Tartu_linnavalitsus, lk 94
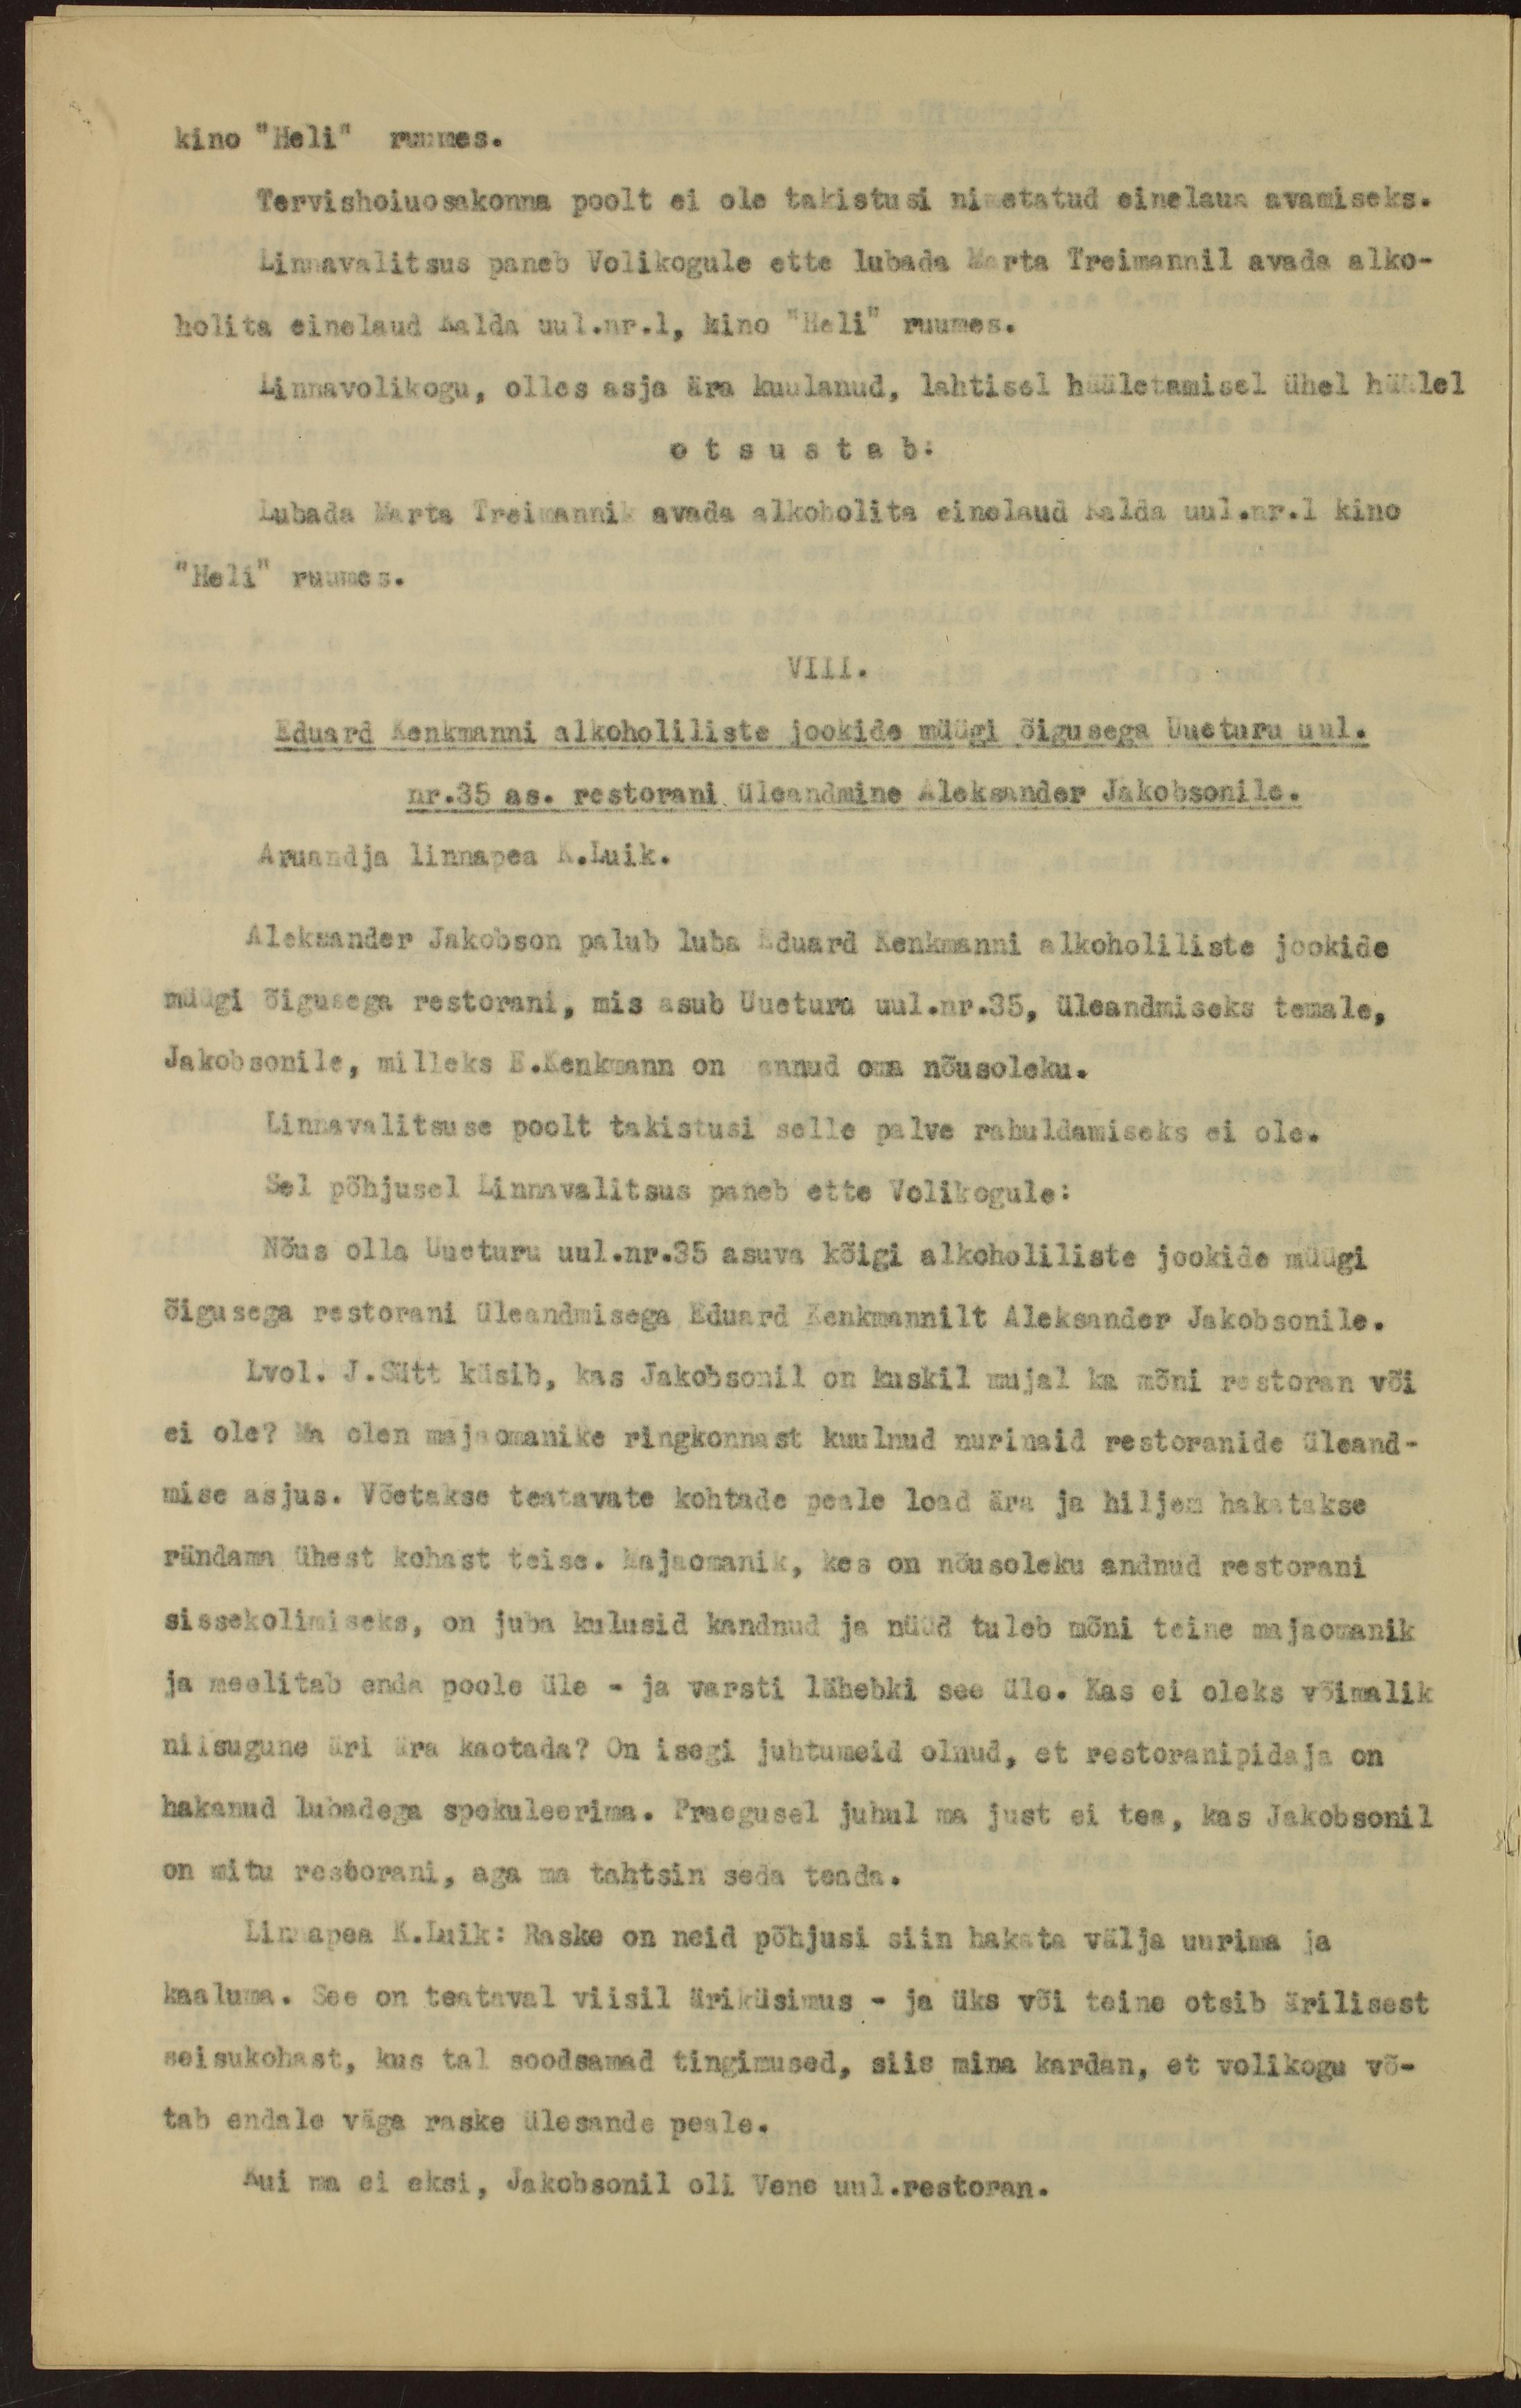
kino "Heli" ruumes.
Tervishoiuosakonna poolt ei ole takistusi nimetatud einelaua avamiseks.
Linnavalitsus paneb Volikogule ette lubada Marta Treimannil avada alko-
holita einelaud Kalda uul.nr.1, kino "Heli" ruumes.
Linnavolikogu, olles asja ära kuulanud, lahtisel hääletamisel ühel häälel
otsustab:
Lubada Marta Treimanni avada alkoholita einelaud Kalda uul.nr.1 kino
"Heli" ruumes.
VIII.
Eduard Kenkmanni alkoholiliste jookide müügi õigusega Uueturu uul.
nr.35 as. restorani üleandmine Aleksander Jakobsonile.
Aruandja linnapea K.Luik.
Aleksander Jakobson palub luba Eduard Kenkmanni alkoholiliste jookide
müügi õigusega restorani, mis asub Uueturu uul.nr.35, üleandmiseks temale,
Jakobsonile, milleks E.Kenkmann on annud oma nõusoleku.
Linnavalitsuse poolt takistusi selle palve rahuldamiseks ei ole.
Sel põhjusel Linnavalitsus paneb ette Volikogule:
Nõus olla Uueturu uul.nr.35 asuva kõigi alkoholiliste jookide müügi
õigusega restorani üleandmisega Eduard Kenkmannilt Aleksander Jakobsonile.
Lvol. J.Sütt küsib, kas Jakobsonil on kuskil mujal ka mõni restoran või
ei ole? Ma olen majaomanike ringkonnast kuulnud nurinaid restoranide üleand-
mise asjus. Võetakse teatavate kohtade peale load ära ja hiljem hakatakse
rändama ühest kohast teise. Majaomanik, kes on nõusoleku andnud restorani
sissekolimiseks, on juba kulusid kandnud ja nüüd tuleb mõni teine majaomanik
ja meelitab enda poole üle - ja varsti lähebki see üle. Kas ei oleks võimalik
niisugune äri ära kaotada? On isegi juhtumeid olnud, et restoranipidaja on
hakanud lubadega spekuleerima. Praegusel juhul ma just ei tea, kas Jakobsonil
on mitu restorani, aga ma tahtsin seda teada.
Linnapea K.Luik: Raske on neid põhjusi siin hakata välja uurima ja
kaaluma. See on teataval viisil äriküsimus - ja üks või teine otsib ärilisest
seisukohast, kus tal soodsamad tingimused, siis mina kardan, et volikogu võ-
tab endale väga raske ülesande peale.
Kui ma ei eksi, Jakobsonil oli Vene uul. restoran.